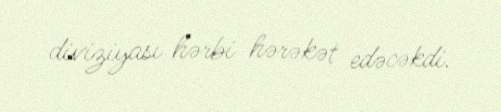
diviziyası hərbi hərəkət edəcəkdi.